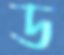
ড